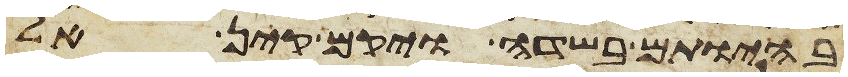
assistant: בהיותם בשדה ויקם קין אל